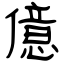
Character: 億